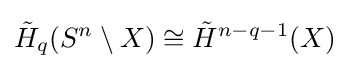
{\tilde {H}}_{q}(S^{n}\setminus X)\cong {\tilde {H}}^{n-q-1}(X)